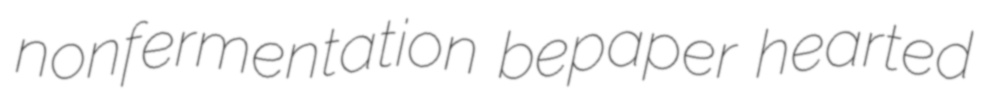
nonfermentation bepaper hearted